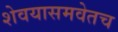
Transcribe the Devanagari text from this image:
शेवयासमवेतच